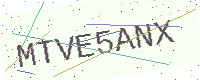
Text: MTVE5ANX